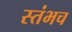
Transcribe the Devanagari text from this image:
स्तंभच